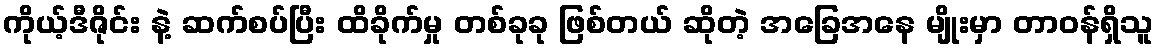
ကိုယ့်ဒီဇိုင်း နဲ့ ဆက်စပ်ပြီး ထိခိုက်မှု တစ်ခုခု ဖြစ်တယ် ဆိုတဲ့ အခြေအနေ မျိုးမှာ တာဝန်ရှိသူ